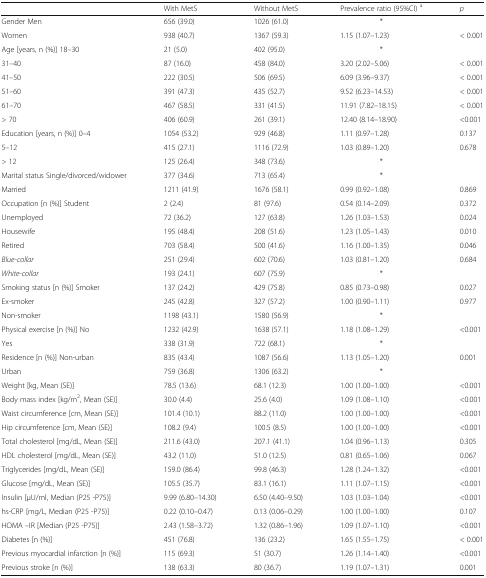
<table><thead><tr><td></td><td><b>With MetS</b></td><td><b>Without MetS</b></td><td><b>Prevalence ratio (95%CI) <sup>a</sup></b></td><td><b><i>p</i></b></td></tr></thead><tbody><tr><td>Gender Men</td><td>656 (39.0)</td><td>1026 (61.0)</td><td>*</td><td></td></tr><tr><td>Women</td><td>938 (40.7)</td><td>1367 (59.3)</td><td>1.15 (1.07–1.23)</td><td>&lt; 0.001</td></tr><tr><td>Age [years, n (%)] 18–30</td><td>21 (5.0)</td><td>402 (95.0)</td><td>*</td><td></td></tr><tr><td>31–40</td><td>87 (16.0)</td><td>458 (84.0)</td><td>3.20 (2.02–5.06)</td><td>&lt; 0.001</td></tr><tr><td>41–50</td><td>222 (30.5)</td><td>506 (69.5)</td><td>6.09 (3.96–9.37)</td><td>&lt; 0.001</td></tr><tr><td>51–60</td><td>391 (47.3)</td><td>435 (52.7)</td><td>9.52 (6.23–14.53)</td><td>&lt; 0.001</td></tr><tr><td>61–70</td><td>467 (58.5)</td><td>331 (41.5)</td><td>11.91 (7.82–18.15)</td><td>&lt; 0.001</td></tr><tr><td>&gt; 70</td><td>406 (60.9)</td><td>261 (39.1)</td><td>12.40 (8.14–18.90)</td><td>&lt;0.001</td></tr><tr><td>Education [years, n (%)] 0–4</td><td>1054 (53.2)</td><td>929 (46.8)</td><td>1.11 (0.97–1.28)</td><td>0.137</td></tr><tr><td>5–12</td><td>415 (27.1)</td><td>1116 (72.9)</td><td>1.03 (0.89–1.20)</td><td>0.678</td></tr><tr><td>&gt; 12</td><td>125 (26.4)</td><td>348 (73.6)</td><td>*</td><td></td></tr><tr><td>Marital status Single/divorced/widower</td><td>377 (34.6)</td><td>713 (65.4)</td><td>*</td><td></td></tr><tr><td>Married</td><td>1211 (41.9)</td><td>1676 (58.1)</td><td>0.99 (0.92–1.08)</td><td>0.869</td></tr><tr><td>Occupation [n (%)] Student</td><td>2 (2.4)</td><td>81 (97.6)</td><td>0.54 (0.14–2.09)</td><td>0.372</td></tr><tr><td>Unemployed</td><td>72 (36.2)</td><td>127 (63.8)</td><td>1.26 (1.03–1.53)</td><td>0.024</td></tr><tr><td>Housewife</td><td>195 (48.4)</td><td>208 (51.6)</td><td>1.23 (1.05–1.43)</td><td>0.010</td></tr><tr><td>Retired</td><td>703 (58.4)</td><td>500 (41.6)</td><td>1.16 (1.00–1.35)</td><td>0.046</td></tr><tr><td><i>Blue-collar</i></td><td>251 (29.4)</td><td>602 (70.6)</td><td>1.03 (0.81–1.20)</td><td>0.684</td></tr><tr><td><i>White-collar</i></td><td>193 (24.1)</td><td>607 (75.9)</td><td>*</td><td></td></tr><tr><td>Smoking status [n (%)] Smoker</td><td>137 (24.2)</td><td>429 (75.8)</td><td>0.85 (0.73–0.98)</td><td>0.027</td></tr><tr><td>Ex-smoker</td><td>245 (42.8)</td><td>327 (57.2)</td><td>1.00 (0.90–1.11)</td><td>0.977</td></tr><tr><td>Non-smoker</td><td>1198 (43.1)</td><td>1580 (56.9)</td><td>*</td><td></td></tr><tr><td>Physical exercise [n (%)] No</td><td>1232 (42.9)</td><td>1638 (57.1)</td><td>1.18 (1.08–1.29)</td><td>&lt;0.001</td></tr><tr><td>Yes</td><td>338 (31.9)</td><td>722 (68.1)</td><td>*</td><td></td></tr><tr><td>Residence [n (%)] Non-urban</td><td>835 (43.4)</td><td>1087 (56.6)</td><td>1.13 (1.05–1.20)</td><td>0.001</td></tr><tr><td>Urban</td><td>759 (36.8)</td><td>1306 (63.2)</td><td>*</td><td></td></tr><tr><td>Weight [kg, Mean (SE)]</td><td>78.5 (13.6)</td><td>68.1 (12.3)</td><td>1.00 (1.00–1.00)</td><td>&lt;0.001</td></tr><tr><td>Body mass index [kg/m<sup>2</sup>, Mean (SE)]</td><td>30.0 (4.4)</td><td>25.6 (4.0)</td><td>1.09 (1.08–1.10)</td><td>&lt;0.001</td></tr><tr><td>Waist circumference [cm, Mean (SE)]</td><td>101.4 (10.1)</td><td>88.2 (11.0)</td><td>1.00 (1.00–1.00)</td><td>&lt;0.001</td></tr><tr><td>Hip circumference [cm, Mean (SE)]</td><td>108.2 (9.4)</td><td>100.5 (8.5)</td><td>1.00 (1.00–1.00)</td><td>&lt;0.001</td></tr><tr><td>Total cholesterol [mg/dL, Mean (SE)]</td><td>211.6 (43.0)</td><td>207.1 (41.1)</td><td>1.04 (0.96–1.13)</td><td>0.305</td></tr><tr><td>HDL cholesterol [mg/dL, Mean (SE)]</td><td>43.2 (11.0)</td><td>51.0 (12.5)</td><td>0.81 (0.65–1.06)</td><td>0.067</td></tr><tr><td>Triglycerides [mg/dL, Mean (SE)]</td><td>159.0 (86.4)</td><td>99.8 (46.3)</td><td>1.28 (1.24–1.32)</td><td>&lt;0.001</td></tr><tr><td>Glucose [mg/dL, Mean (SE)]</td><td>105.5 (35.7)</td><td>83.1 (16.1)</td><td>1.11 (1.07–1.15)</td><td>&lt;0.001</td></tr><tr><td>Insulin [μU/ml, Median (P25 -P75)]</td><td>9.99 (6.80–14.30)</td><td>6.50 (4.40–9.50)</td><td>1.03 (1.03–1.04)</td><td>&lt;0.001</td></tr><tr><td>hs-CRP [mg/L, Median (P25 -P75)]</td><td>0.22 (0.10–0.47)</td><td>0.13 (0.06–0.29)</td><td>1.00 (1.00–1.00)</td><td>0.107</td></tr><tr><td>HOMA –IR [Median (P25 -P75)]</td><td>2.43 (1.58–3.72)</td><td>1.32 (0.86–1.96)</td><td>1.09 (1.07–1.10)</td><td>&lt;0.001</td></tr><tr><td>Diabetes [n (%)]</td><td>451 (76.8)</td><td>136 (23.2)</td><td>1.65 (1.55–1.75)</td><td>&lt; 0.001</td></tr><tr><td>Previous myocardial infarction [n (%)]</td><td>115 (69.3)</td><td>51 (30.7)</td><td>1.26 (1.14–1.40)</td><td>&lt;0.001</td></tr><tr><td>Previous stroke [n (%)]</td><td>138 (63.3)</td><td>80 (36.7)</td><td>1.19 (1.07–1.31)</td><td>0.001</td></tr></tbody></table>